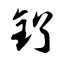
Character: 钌